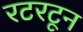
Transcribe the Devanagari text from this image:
रटरटून